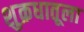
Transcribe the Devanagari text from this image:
शुक्रधातूला